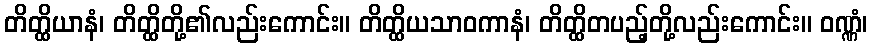
တိတ္ထိယာနံ၊ တိတ္ထိတို့၏လည်းကောင်း။ တိတ္ထိယသာဝကာနံ၊ တိတ္ထိတပည့်တို့လည်းကောင်း။ ဝဏ္ဏံ၊